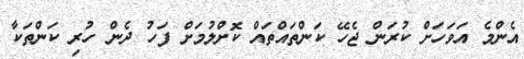
އެންމެ އަވަހަށް ކުރަން ޖެހޭ ކަންތައްތައް ކޮށްލުމަށް ފަހު ދެން ހުރި ކަންތަކާ